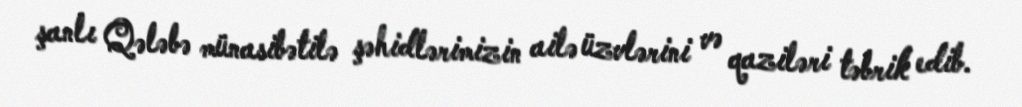
şanlı Qələbə münasibətilə şəhidlərimizin ailə üzvlərini və qaziləri təbrik edib.